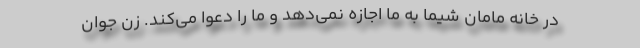
در خانه مامان شیما به ما اجازه نمی‌دهد و ما را دعوا می‌کند. زن جوان